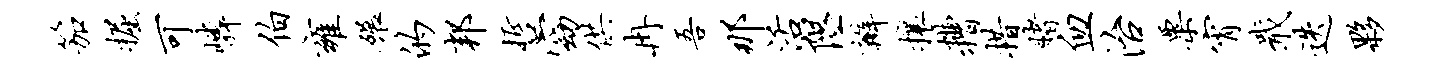
笳掘可嶙伯雍碾的邦哲窈供冉吾那活隰瓣攘糟措赌血治粟宵戢迭夥